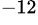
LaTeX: ^{-12}